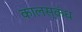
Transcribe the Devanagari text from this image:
कालस्कंध